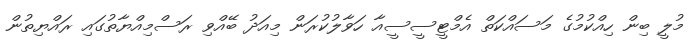
މުލީ ބިން ހިއްކުމުގެ މަސައްކަތް އެމްޓީސީސީއާ ހަވާލުކުރަން މިއަދު ބޭއްވި ރަސްމިއްޔާތުގައި ރައްޔިތުން